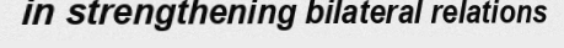
in strengthening bilateral relations